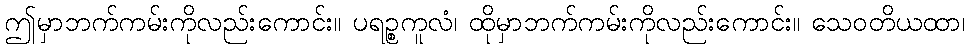
ဤမှာဘက်ကမ်းကိုလည်းကောင်း။ ပရဉ္စကူလံ၊ ထိုမှာဘက်ကမ်းကိုလည်းကောင်း။ သေဝတိယထာ၊